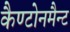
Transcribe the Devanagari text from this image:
कैण्टोनमैन्ट